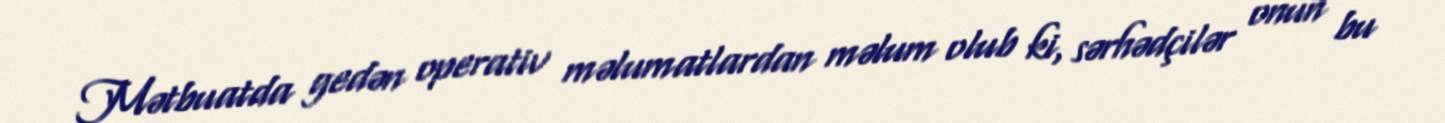
Mətbuatda gedən operativ məlumatlardan məlum olub ki, sərhədçilər onun bu